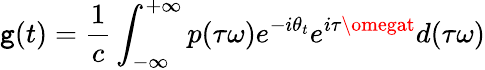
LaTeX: \mathtt{g}(t)=\frac{{1}}{{c}}\int_{-\infty}^{+\infty}p(\tau\omega)e^{-i\theta_{t}}e^{i\tau\omegat}d(\tau\omega)